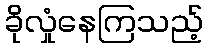
ခိုလှုံနေကြသည့်